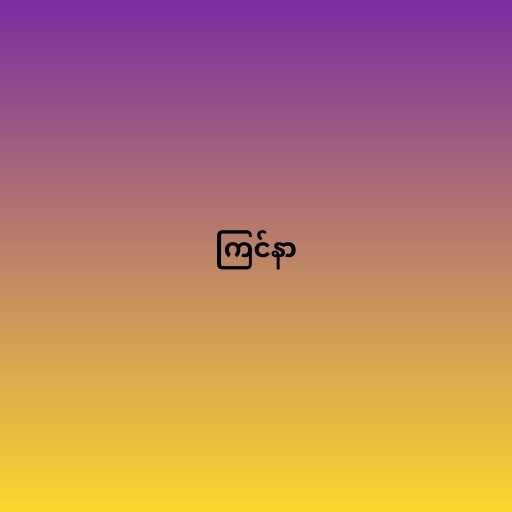
ကြင်နာ